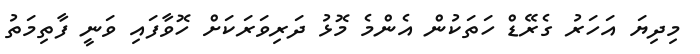
މިދިޔަ އަހަރު ގެރޭޑް ހަތަކުން އެންމެ މޮޅު ދަރިވަރަކަށް ހޮވާފައި ވަނީ ފާތިމަތު